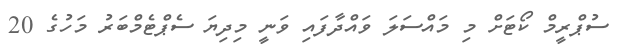
ސުޕްރީމް ކޯޓަށް މި މައްސަލަ ވައްދާފައި ވަނީ މިދިޔަ ސެޕްޓެމްބަރު މަހުގެ 20